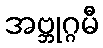
အဗ္ဘုဂ္ဂမီ